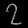
Digit: ၇